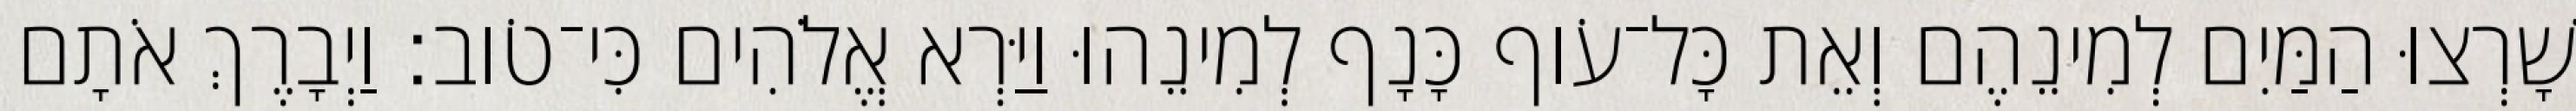
שָׁרְצוּ הַמַּיִם לְמִינֵהֶם וְאֵת כָּל־עֹוף כָּנָף לְמִינֵהוּ וַיַּרְא אֱלֹהִים כִּי־טֹוב׃ וַיְבָרֶךְ אֹתָם